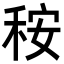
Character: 𥞬